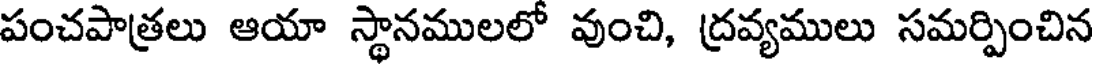
పంచపాత్రలు ఆయా స్థానములలో వుంచి, ద్రవ్యములు సమర్పించిన